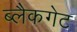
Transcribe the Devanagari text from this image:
ब्लैकगेट